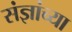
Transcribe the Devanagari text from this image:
संज्ञांच्या